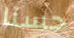
حسنا